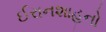
ઈરાનશાહનો